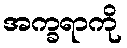
အက္ခရာကို